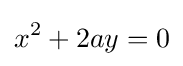
x^{2}+2ay=0